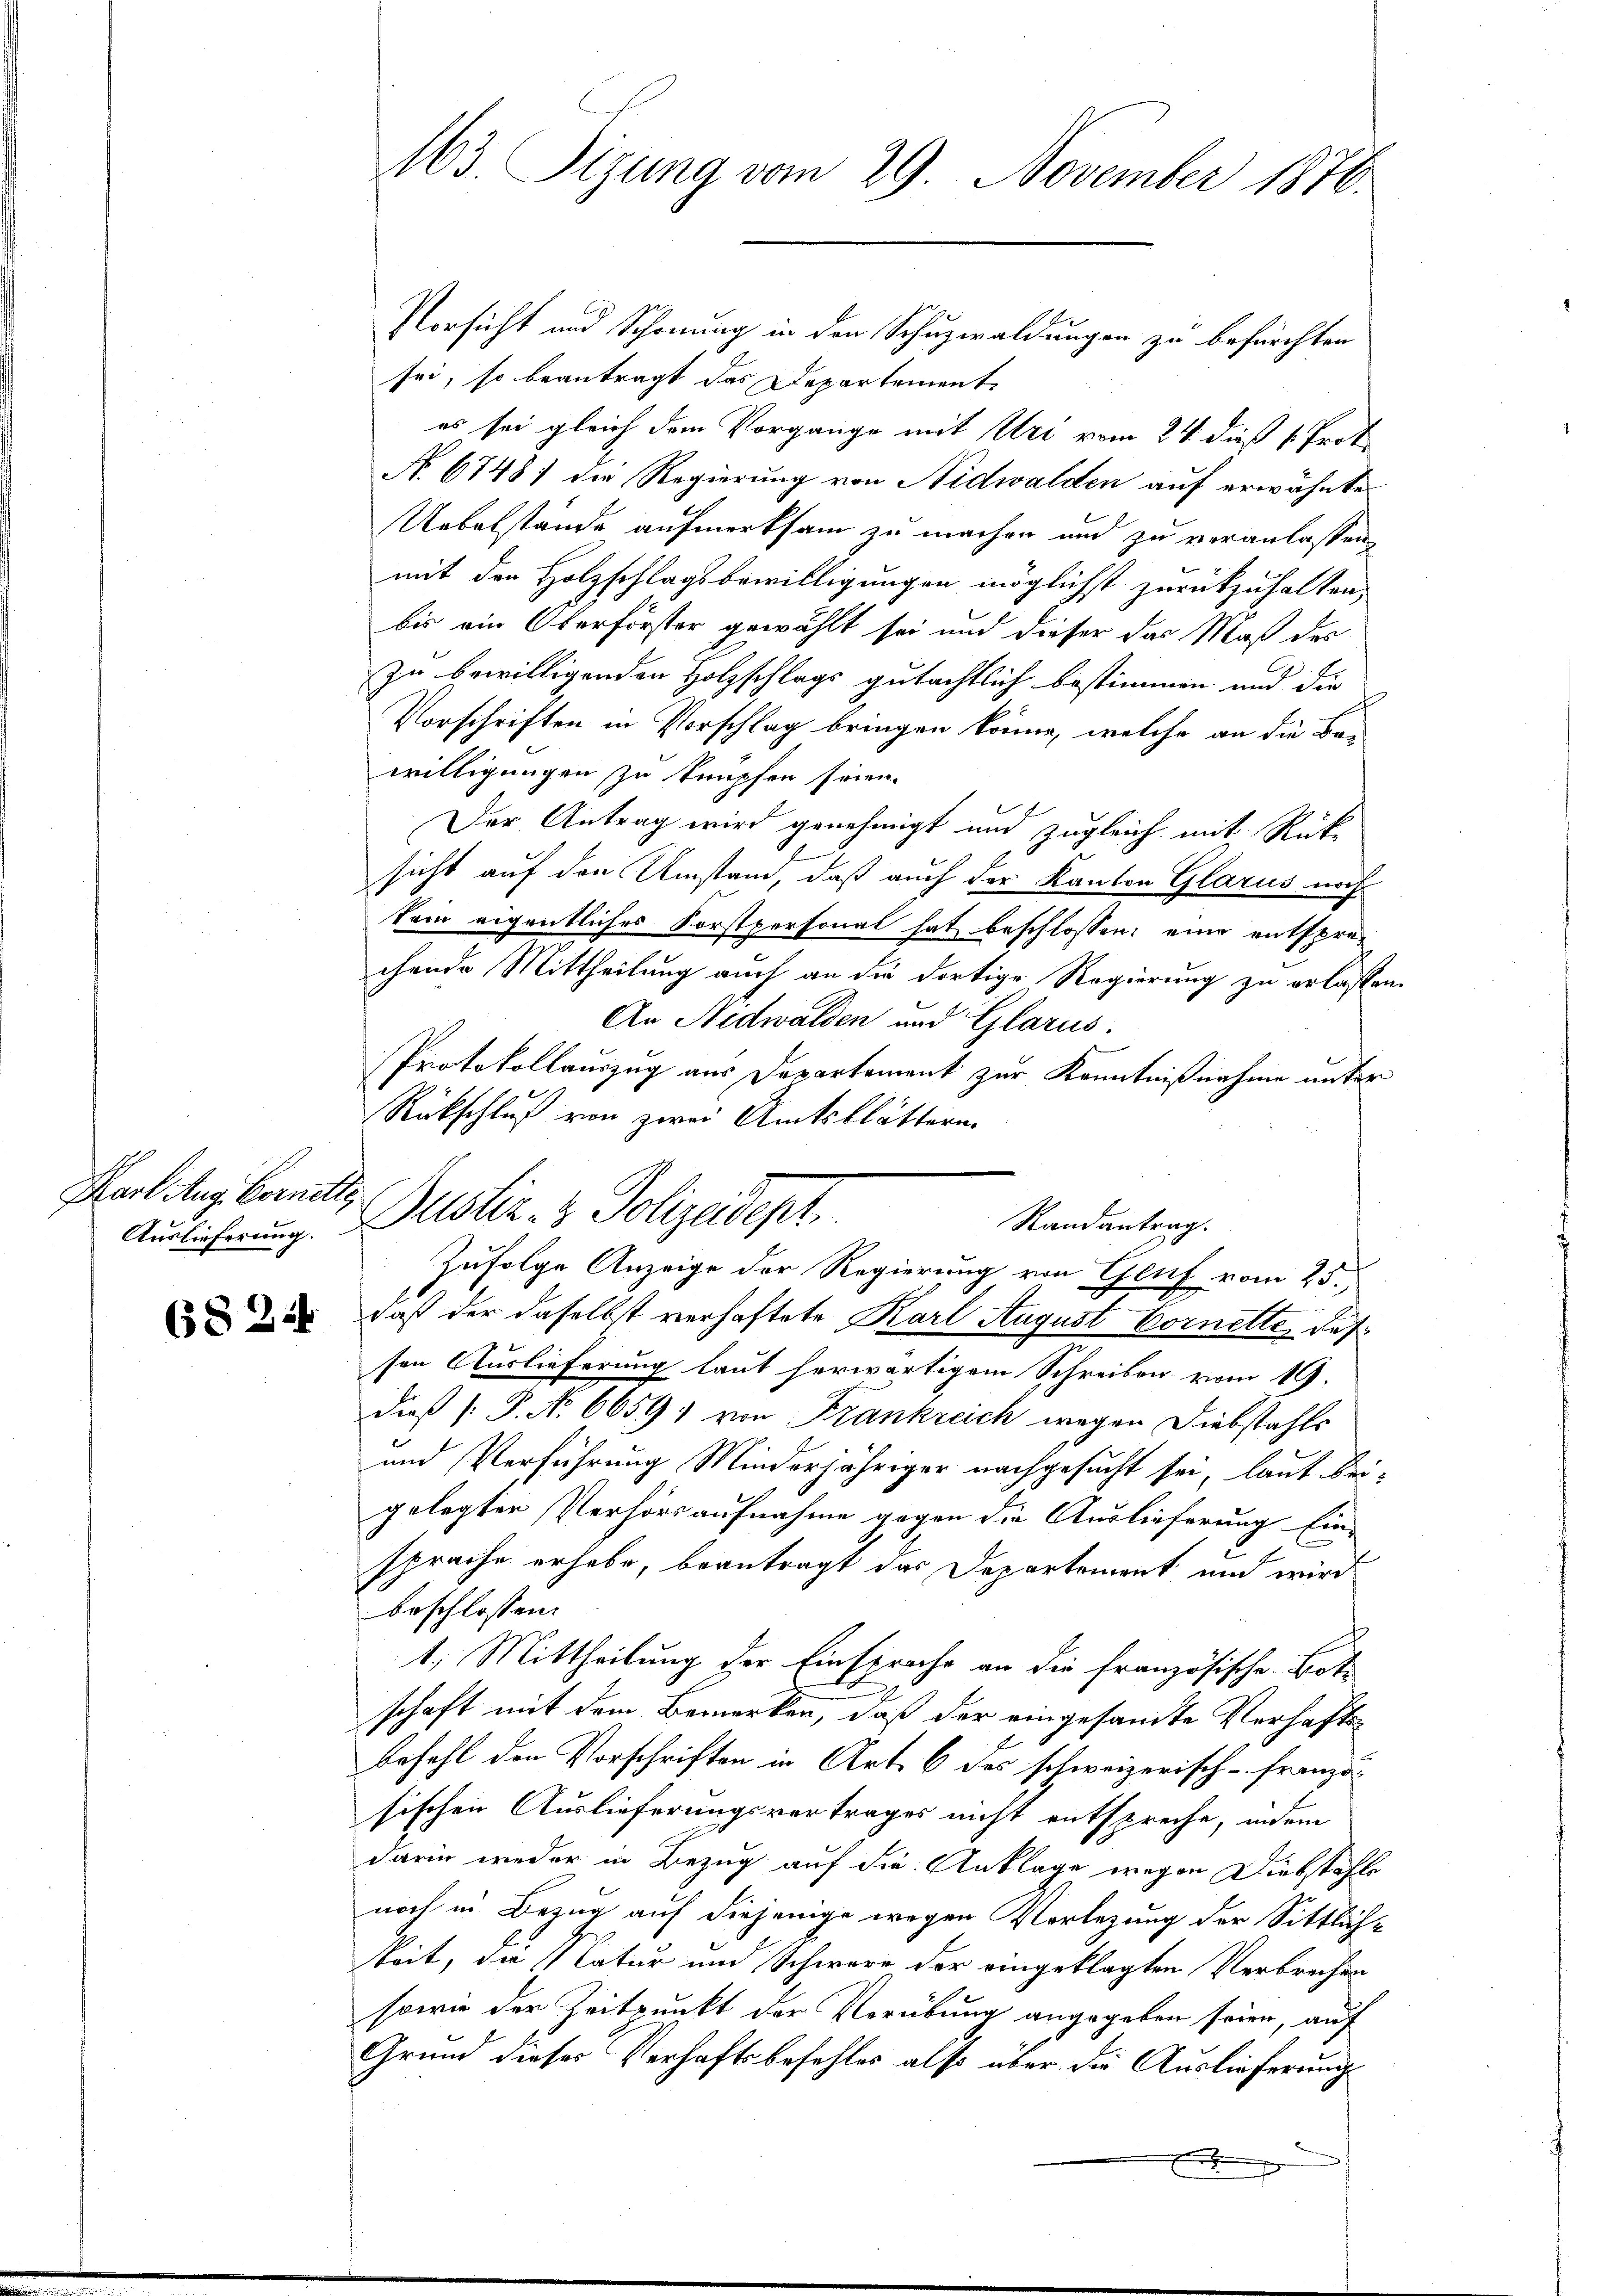
Karl Aug. Vornette

(§ 244

163. Tizung vom 29. November 1876.

Vorsicht und Schonung in den Schuzwaldungen zu befürchten
sei, so beantragt das Departement
es sei gleich dem Vorgange mit Uri vom 24. dieß Prot
No. 6748) die Regierung von Nidwalden auf erwähnte
Uebelstände aufmerksam zu machen und zu veranlassen
mit den Holzschlagsbewilligungen möglichst zurückzuhalten,
bis ein Oberförster gewählt sei und dieser das Maß des
zu bewilligenden Holzschlags gutächtlich bestimmen und die
Vorschriften in Vorschlag bringen könne, welche an die Be-
willigungen zu knüpfen seien.
Der Antrag wird genehmigt und zugleich mit Rücksicht auf den Umstand, daß auch der Kanton Glarus noch
kein eigentliches Forstpersonal hat beschlossen, eine entsprechende Mittheilung auch an die dortige Regierung zu erlassen.
An Nidwalden und Glarus.
Protokollauszug aus Departement zur Kenntnißnahme unter
Rückschluß von zwei Amtsblättern.
daß der daselbst verhaftete Karl August Cornette, das
sen Auslieferung laut herwärtigem Schreiben vom 19.
dieß (: P. N. 6659) von Frankreich wegen Diebstahls
und Verführung Minderjähriger nachgesucht sei, laut bei-
gelegter Verhörsaufnahme gegen die Auslieferung Ein-
.
sprache erhebe, beantragt das Departement und wird
beschlossen:
1.) Mittheilung der Einsprache an die französische Botschaft mit dem Bemerken, daß der eingesandte Verhafts
Befehl den Vorschriften in Art. 6 des schweizerisch-Franzö
sischen Auslieferungsvertrages nicht entspreche, indem
darin weder in Bezug auf die Anklage wegen Diebstahls
noch in Bezug auf diejenige wegen Verlegung der Sittlich-
keit, die Natur und Schwere der eingeklagten Verbrechen
sowie der Zeitpunkt der Verübung angegeben seien, auf
Grund dieser Verhaftsbefehles also über die Auslieferung
E

Auslicherung. Bestiz- & Polizeidept.
Randantrag.
Zufolge Anzeige der Regierung von Gluf vom 25.,